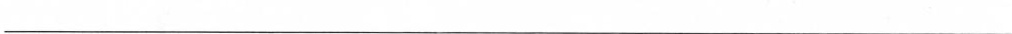
___